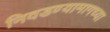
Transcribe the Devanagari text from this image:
निवडण्यामागच्या